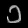
Digit: ၁